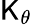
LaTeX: \mathsf{K}_{\theta}